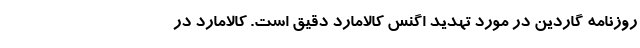
روزنامه گاردین در مورد تهدید اگنس کالامارد دقیق است. کالامارد در